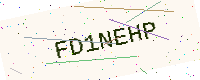
Text: FD1NEHP